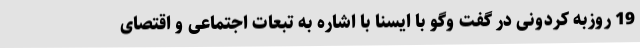
19 روزبه کردونی در گفت وگو با ایسنا با اشاره به تبعات اجتماعی و اقتصای